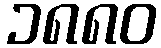
၁၈၈၀